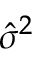
\textstyle { \hat { \sigma } } ^ { 2 }